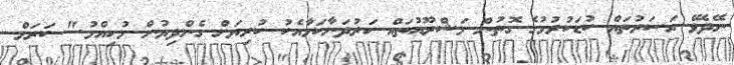
ނޭދެވޭ އަސަރުތައް ކުޑަކުރުމުގެ ގޮތުން މަޝްރޫއުތައް ހަރުދަނާކަމާއެކު ކުރިޔަށް ގެންދިޔުން މުހިއްމު." ކަރަމް